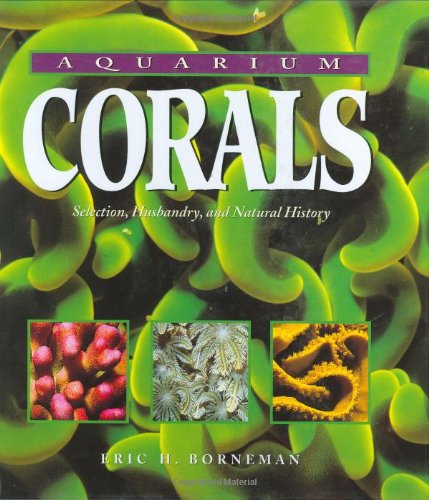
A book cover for Aquarium Corals : Selection, Husbandry, and Natural History; Eric H. Borneman; Crafts, Hobbies & Home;